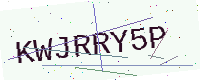
Text: KWJRRY5P